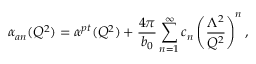
\alpha _ { a n } ( Q ^ { 2 } ) = \alpha ^ { p t } ( Q ^ { 2 } ) + \frac { 4 \pi } { b _ { 0 } } \sum _ { n = 1 } ^ { \infty } c _ { n } \left( \frac { \Lambda ^ { 2 } } { Q ^ { 2 } } \right) ^ { n } ,